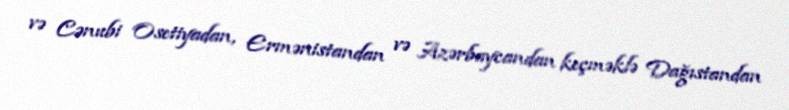
və Cənubi Osetiyadan, Ermənistandan və Azərbaycandan keçməklə Dağıstandan